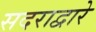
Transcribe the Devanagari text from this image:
सदराद्वारे